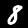
Digit: 8